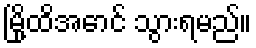
မြို့ထိအောင် သွားရမည်။